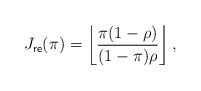
LaTeX: \begin{align*}J_{\mathsf{re}}(\pi)=\left\lfloor\frac{\pi(1-\rho)}{(1-\pi)\rho}\right\rfloor,\end{align*}